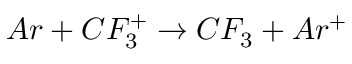
A r + C F _ { 3 } ^ { + } \rightarrow C F _ { 3 } + A r ^ { + }